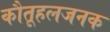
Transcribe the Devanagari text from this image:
कौतूहलजनक